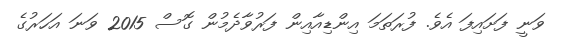
ވަނީ ފަށައިފަ އެވެ. ފުރަތަމަ އިންޑިއާއިން ފަރުވާދެމުން ގޮސް 2015 ވަނަ އަހަރުގެ